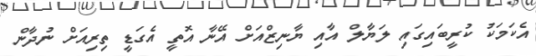
އެކަމަކު ކުރީބައިގައި ލަޔާލް އާއި ޔާނިޒްއަށް އޭނާ އޮތީ އެގަޑީ ތިރިއަށް ނުދާން